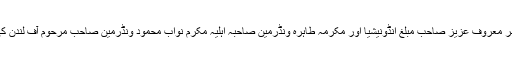
مکرم امر معروف عزیز صاحب مبلغ انڈونیشیا اور مکرمہ طاہرہ ونڈرمین صاحبہ اہلیہ مکرم نواب محمود ونڈرمین صاحب مرحوم آف لندن کی وفات۔